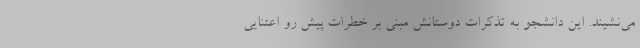
می‌نشیند. این دانشجو به تذکرات دوستانش مبنی بر خطرات پیش رو اعتنایی